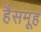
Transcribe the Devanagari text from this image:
हैसमूह